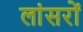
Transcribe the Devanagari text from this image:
लांसरों